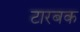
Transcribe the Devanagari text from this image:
टारबक